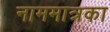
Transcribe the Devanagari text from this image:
नाममात्रका